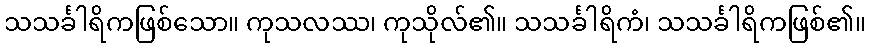
သသင်္ခါရိကဖြစ်သော။ ကုသလဿ၊ ကုသိုလ်၏။ သသင်္ခါရိကံ၊ သသင်္ခါရိကဖြစ်၏။